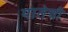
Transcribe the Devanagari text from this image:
यातेची